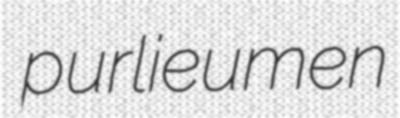
purlieumen